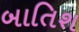
બાતિશ